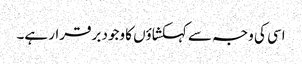
اسی کی وجہ سے کہکشاؤں کا وجود برقرار ہے۔